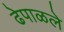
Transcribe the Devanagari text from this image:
ढेपाळले